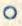
o